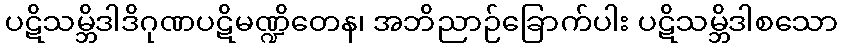
ပဋိသမ္ဘိဒါဒိဂုဏပဋိမဏ္ဍိတေန၊ အဘိညာဉ်ခြောက်ပါး ပဋိသမ္ဘိဒါစသော